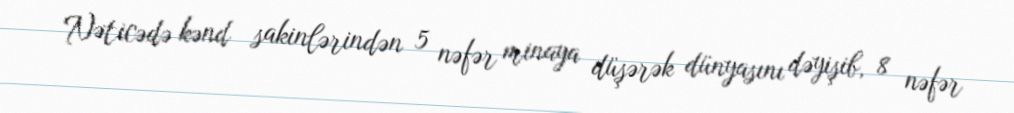
Nəticədə kənd sakinlərindən 5 nəfər minaya düşərək dünyasını dəyişib, 8 nəfər